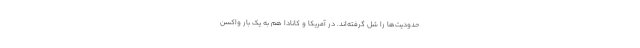
حدودیت‌ها را شُل گرفته‌اند. در آمریکا و کانادا هم به یک بار واکسن